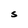
Character: S